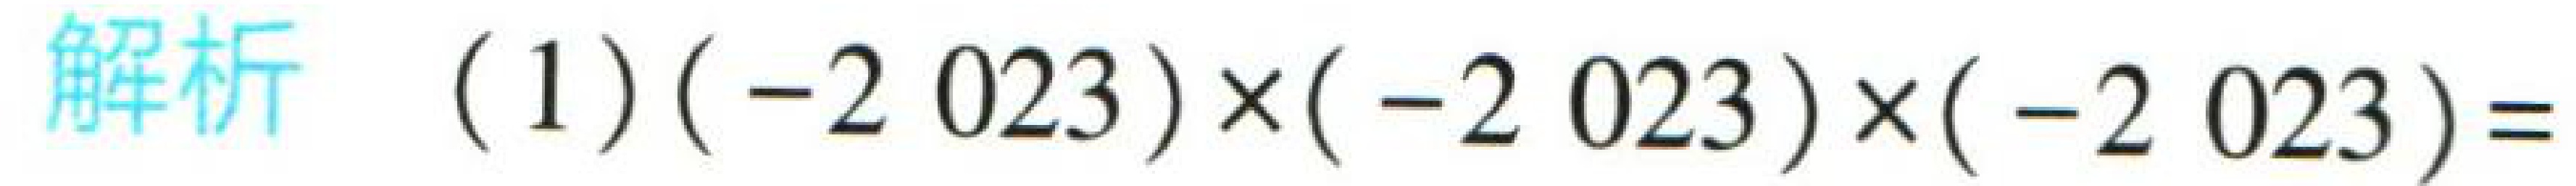
解析 (1)$(-2\ 023)\times(-2\ 023)\times(-2\ 023)=$